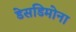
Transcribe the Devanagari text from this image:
डेसडिमोना